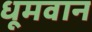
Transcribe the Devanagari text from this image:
धूमवान